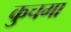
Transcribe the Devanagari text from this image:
कुचमा